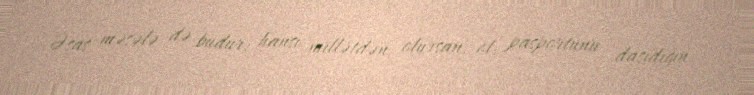
Əsas məsələ də budur: hansı millətdən olursan, ol, pasportunu daşıdığın